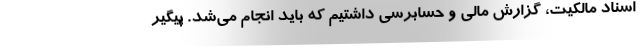
اسناد مالکیت، گزارش مالی و حسابرسی داشتیم که باید انجام می‌شد. پیگیر